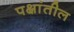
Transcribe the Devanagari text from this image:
पक्षांतील